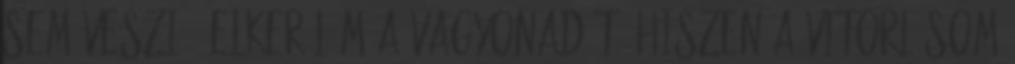
sem veszi - elkerülöm a vagyonadót, hiszen a vitorlásom